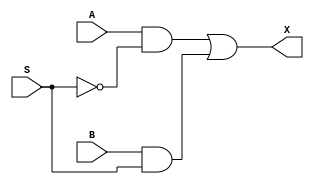
module MUXGated(

	input A,
	input S,
	input B,
	output X
		    ); 
	 
	 
wire P,Q,S1 ;
 
	not X1 (S1,S) ;
	and X2 (P,A,S1) ;
	and X3 (Q,B,S) ;
	or  X4 (X,P,Q) ;



endmodule